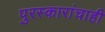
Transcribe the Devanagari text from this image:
पुरस्कारांचाही